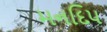
મનદિપ